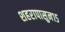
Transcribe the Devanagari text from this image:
शहरापासुन१५